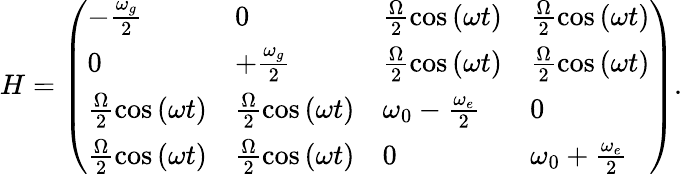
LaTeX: \begin{array}{r}{H=\left(\begin{array}{llll}{-\frac{\omega_{g}}{2}}&{0}&{{\frac{\Omega}{2}\cos\left(\omega t\right)}}&{{\frac{\Omega}{2}\cos\left(\omega t\right)}}\\ {0}&{+\frac{\omega_{g}}{2}}&{{\frac{\Omega}{2}\cos\left(\omega t\right)}}&{{\frac{\Omega}{2}\cos\left(\omega t\right)}}\\ {{\frac{\Omega}{2}\cos\left(\omega t\right)}}&{{\frac{\Omega}{2}\cos\left(\omega t\right)}}&{\omega_{0}-\frac{\omega_{e}}{2}}&{0}\\ {{\frac{\Omega}{2}\cos\left(\omega t\right)}}&{{\frac{\Omega}{2}\cos\left(\omega t\right)}}&{0}&{\omega_{0}+\frac{\omega_{e}}{2}}\end{array}\right).}\end{array}